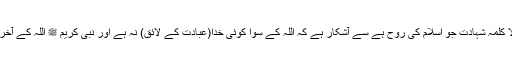
"مندرجہ بالا کلمہ شہادت جو اسلام کی روح ہے سے آشکار ہے کہ اللہ کے سوا کوئی خدا(عبادت کے لائق) نہ ہے اور نبی کریم ﷺ اللہ کے آخری نبی ہیں”۔